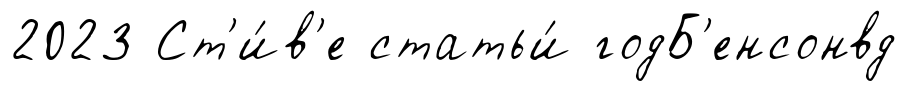
2023 Ст'и́в'е статьи́ годБ'енсонвд